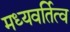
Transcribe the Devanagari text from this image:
मध्यवर्तित्व